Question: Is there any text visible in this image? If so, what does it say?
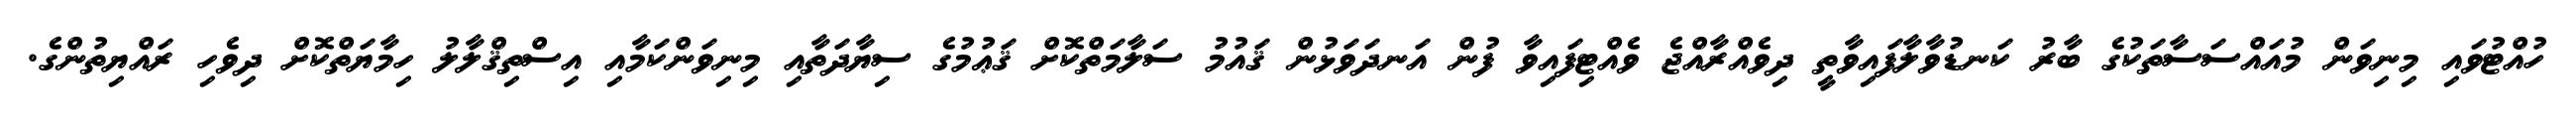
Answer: ހުއްޓުވައި މިނިވަން މުއައްސަސާތަކުގެ ބާރު ކަނޑުވާލާފައިވާތީ ދިވެއްރާއްޖެ ވެއްޓިފައިވާ ފުން އަނދަވަޅުން ޤައުމު ސަލާމަތްކޮށް ޤަޢުމުގެ ސިޔާދަތާއި މިނިވަންކަމާއި އިސްތިޤްލާލު ހިމާޔަތްކޮށް ދިވެހި ރައްޔިތުންގެ.